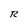
Character: R